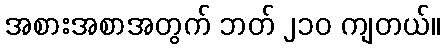
အစားအစာအတွက် ဘတ် ၂၁၀ ကျတယ်။